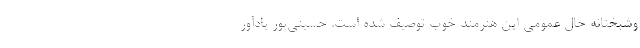
وشبختانه حال عمومی این هنرمند خوب توصیف شده است. حسینی‌پور یادآور